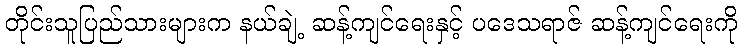
တိုင်းသူပြည်သားများက နယ်ချဲ့ ဆန့်ကျင်ရေးနှင့် ပဒေသရာဇ် ဆန့်ကျင်ရေးကို